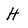
Character: H